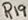
Text: R19